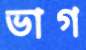
ভাগ